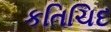
કતિચિદ